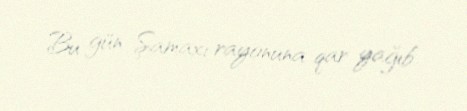
Bu gün Şamaxı rayonuna qar yağıb.